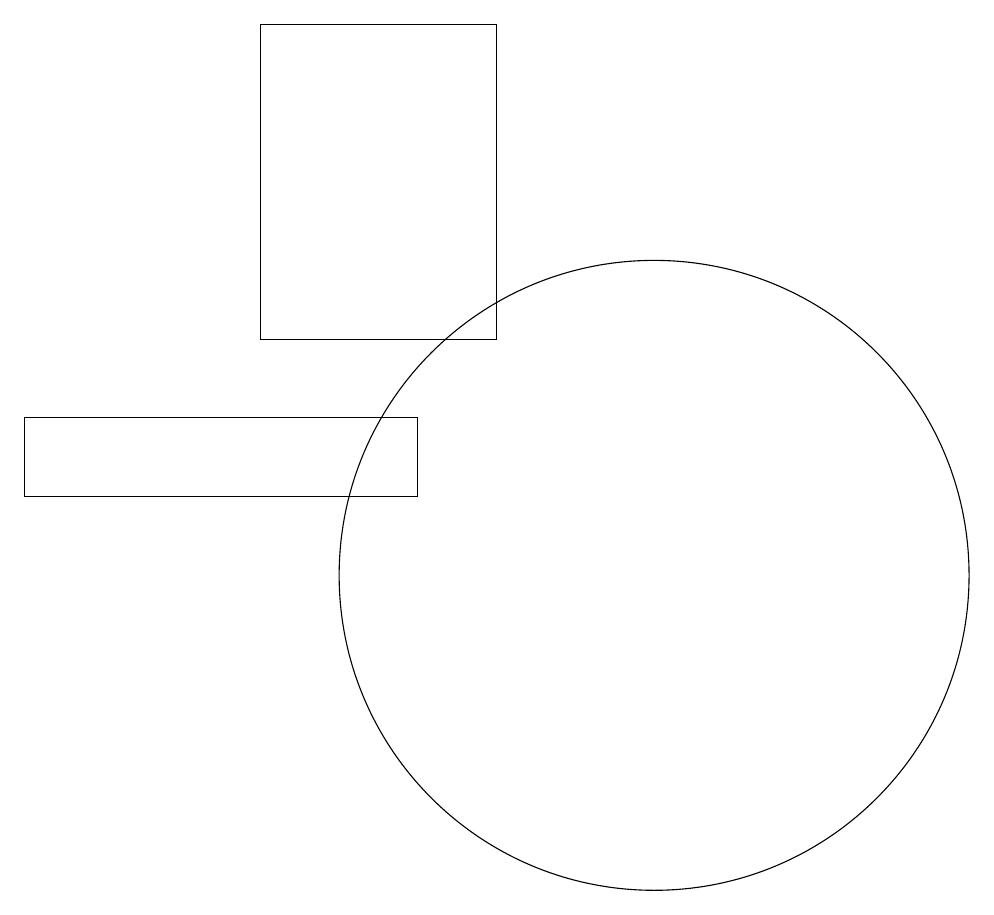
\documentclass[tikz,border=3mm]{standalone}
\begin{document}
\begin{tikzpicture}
\draw (7,12) rectangle (2,13);
\draw (8,18) rectangle (5,14);
\draw (4,15) rectangle (4,15);
\draw (10,11) circle (4);
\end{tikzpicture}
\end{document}